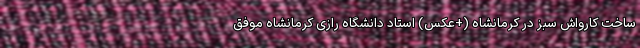
ساخت کارواش سبز در کرمانشاه (+عکس) استاد دانشگاه رازی کرمانشاه موفق